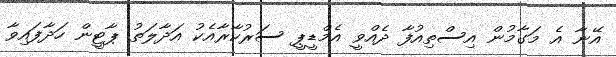
އޭނާ އެ މަގާމުން އިސްތިއުފާ ދެއްވީ އެމްޑީޕީ ސަރުކާރާއެކު އަދާލަތު ޕާޓީން ހަދާފައިވާ